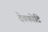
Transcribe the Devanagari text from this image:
देवकोटि